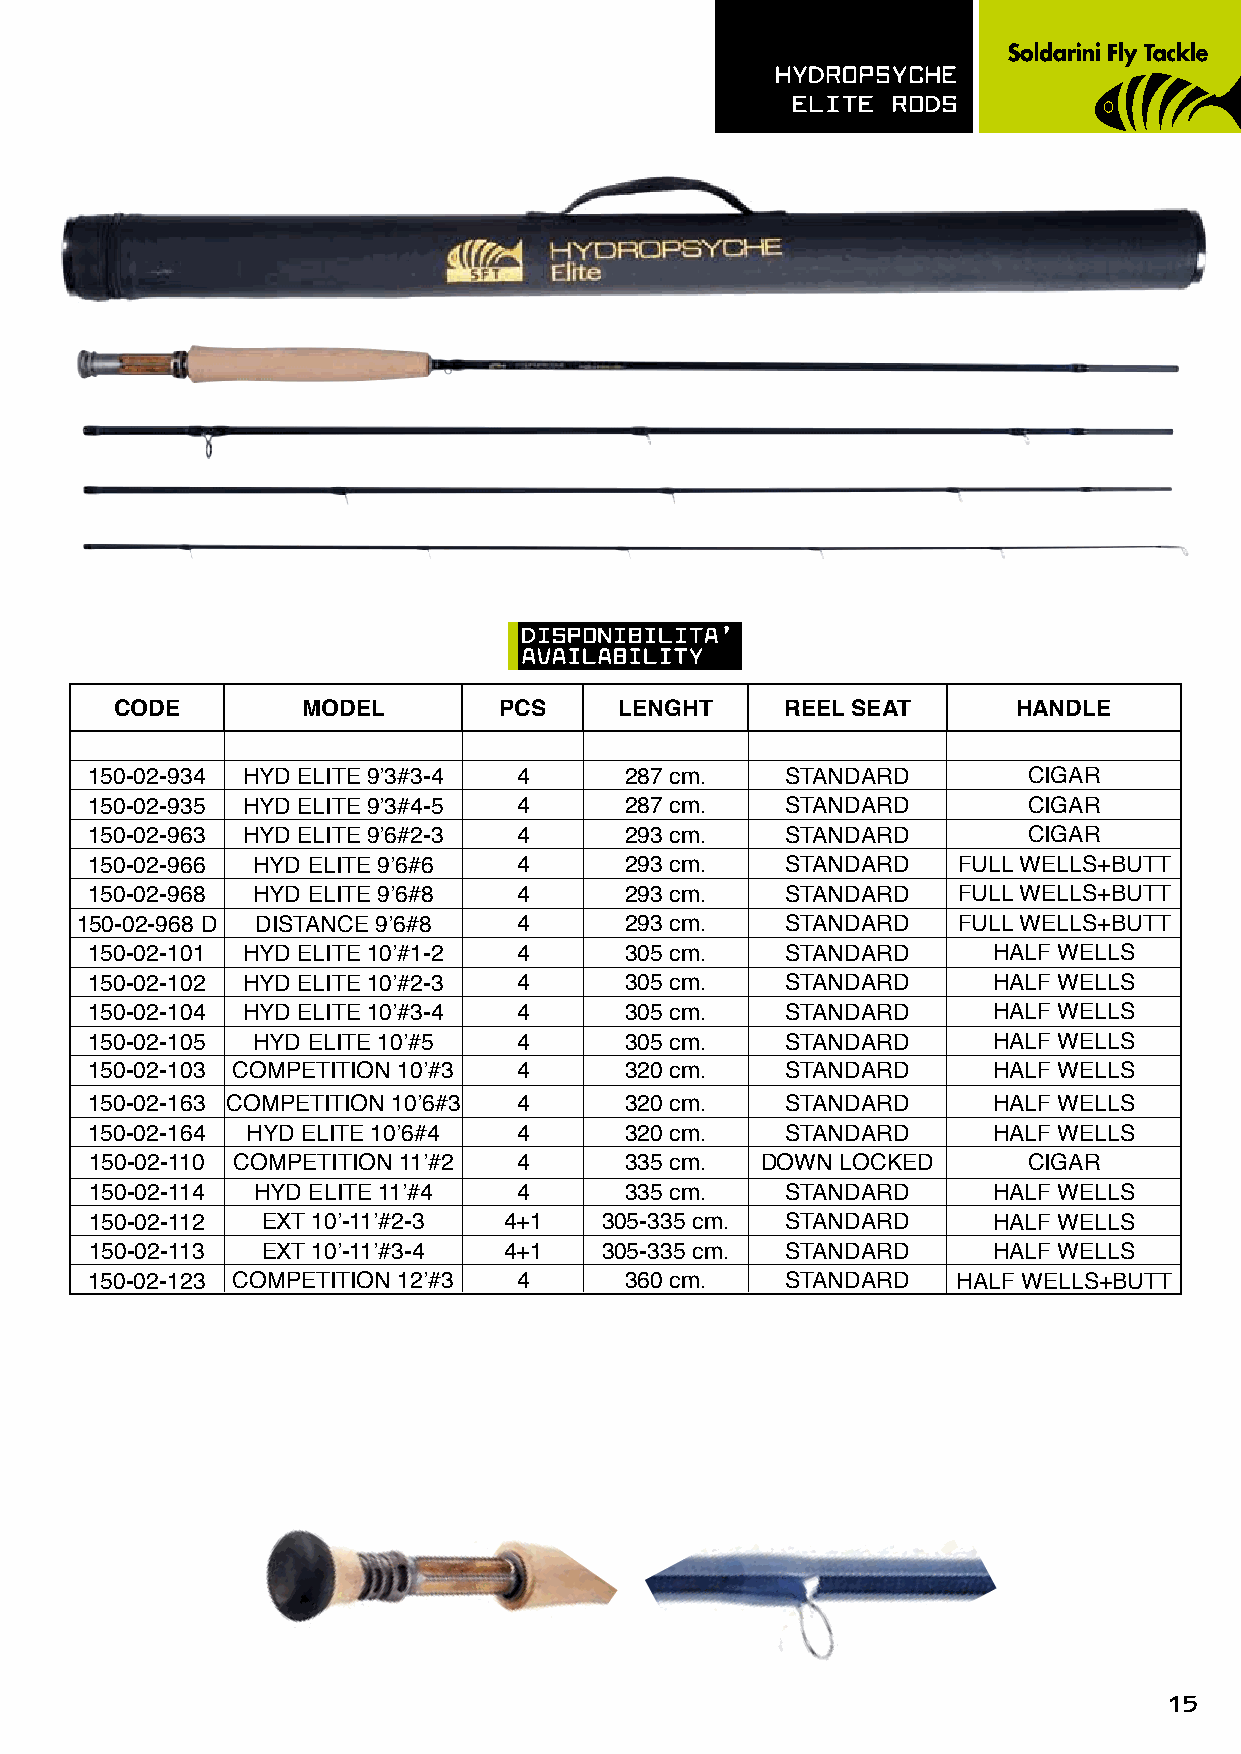
hydROpsyChE
 ELITE  ROds
 dIspOnIBILITA’
 AVAILABILITy
 CODE        MODEL        PCS     LENGHT     REEL SEAT      HANDLE
 150-02-934 HYD ELITE 9’3#3-4 4     287 cm.    STANDARD        CIGAR
 150-02-935 HYD ELITE 9’3#4-5 4     287 cm.    STANDARD        CIGAR
 150-02-963 HYD ELITE 9’6#2-3 4     293 cm.    STANDARD        CIGAR
 150-02-966 HYD ELITE 9’6#6  4      293 cm.    STANDARD   FULL WELLS+BUTT
 150-02-968 HYD ELITE 9’6#8  4      293 cm.    STANDARD   FULL WELLS+BUTT
 150-02-968 D DISTANCE 9’6#8  4      293 cm.    STANDARD   FULL WELLS+BUTT
 150-02-101 HYD ELITE 10’#1-2 4     305 cm.    STANDARD      HALF WELLS
 150-02-102 HYD ELITE 10’#2-3 4     305 cm.    STANDARD      HALF WELLS
 150-02-104 HYD ELITE 10’#3-4 4     305 cm.    STANDARD      HALF WELLS
 150-02-105 HYD ELITE 10’#5  4      305 cm.    STANDARD      HALF WELLS
 150-02-103 COMPETITION 10’#3 4     320 cm.    STANDARD      HALF WELLS
 150-02-163 COMPETITION 10’6#3 4    320 cm.    STANDARD      HALF WELLS
 150-02-164 HYD ELITE 10’6#4 4      320 cm.    STANDARD      HALF WELLS
 150-02-110 COMPETITION 11’#2 4     335 cm.  DOWN  LOCKED      CIGAR
 150-02-114 HYD ELITE 11’#4  4      335 cm.    STANDARD      HALF WELLS
 150-02-112 EXT 10’-11’#2-3 4+1    305-335 cm. STANDARD      HALF WELLS
 150-02-113 EXT 10’-11’#3-4 4+1    305-335 cm. STANDARD      HALF WELLS
 150-02-123 COMPETITION 12’#3 4     360 cm.    STANDARD   HALF WELLS+BUTT
 15